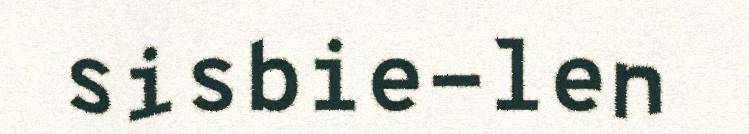
sisbie-len